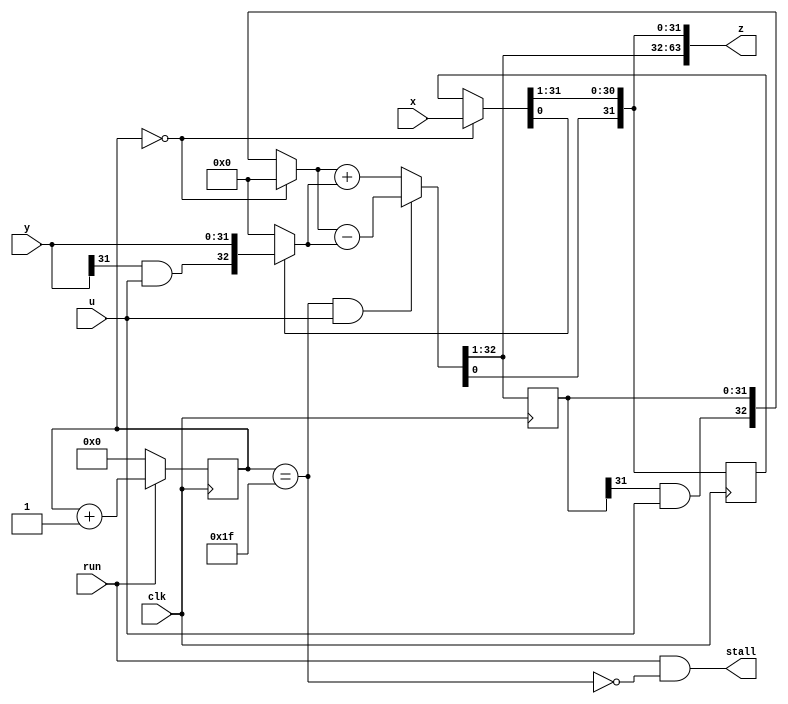
`timescale 1ns / 1ps  // NW 3.12.2010

module Multiplier(
  input clk, run, u,
  output stall,
  input [31:0] x, y,
  output [63:0] z);

reg [4:0] S;    // state
reg [31:0] B2, A2;  // high and low parts of partial product
wire [32:0] B0, B00, B01;
wire [31:0] B1, A0, A1;

assign stall = run & ~(S == 31);
assign B00 = (S == 0) ? 0 : {B2[31] & u, B2};
assign B01 = A0[0] ? {y[31] & u, y} : 0;
assign B0 = ((S == 31) & u) ? B00 - B01 : B00 + B01;
assign B1 = B0[32:1];
assign A0 = (S == 0) ? x : A2;
assign A1 = {B0[0], A0[31:1]};
assign z = {B1, A1};

always @ (posedge(clk)) begin
  B2 <= B1; A2 <= A1;
  S <= run ? S+1 : 0;
end

endmodule